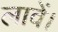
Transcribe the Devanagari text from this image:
लावें।